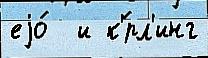
еjо́  и к'́рл'инг